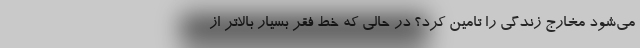
می‌شود مخارج زندگی را تامین کرد؟ در حالی که خط فقر بسیار بالاتر از